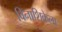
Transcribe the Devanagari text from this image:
विनाशिकेला